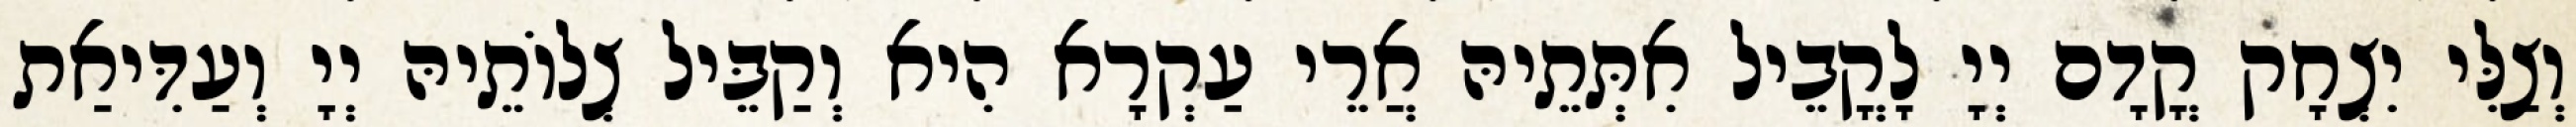
וְצַלִּי יִצְחָק קֳדָם יְיָ לָקֳבֵיל אִתְּתֵיהּ אֲרֵי עַקְרָא הִיא וְקַבֵּיל צְלוֹתֵיהּ יְיָ וְעַדִּיאַת